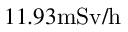
1 1 . 9 3 \mathrm { m S v / h }